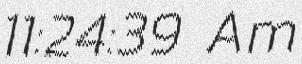
11:24:39 Am